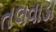
તલવાડા